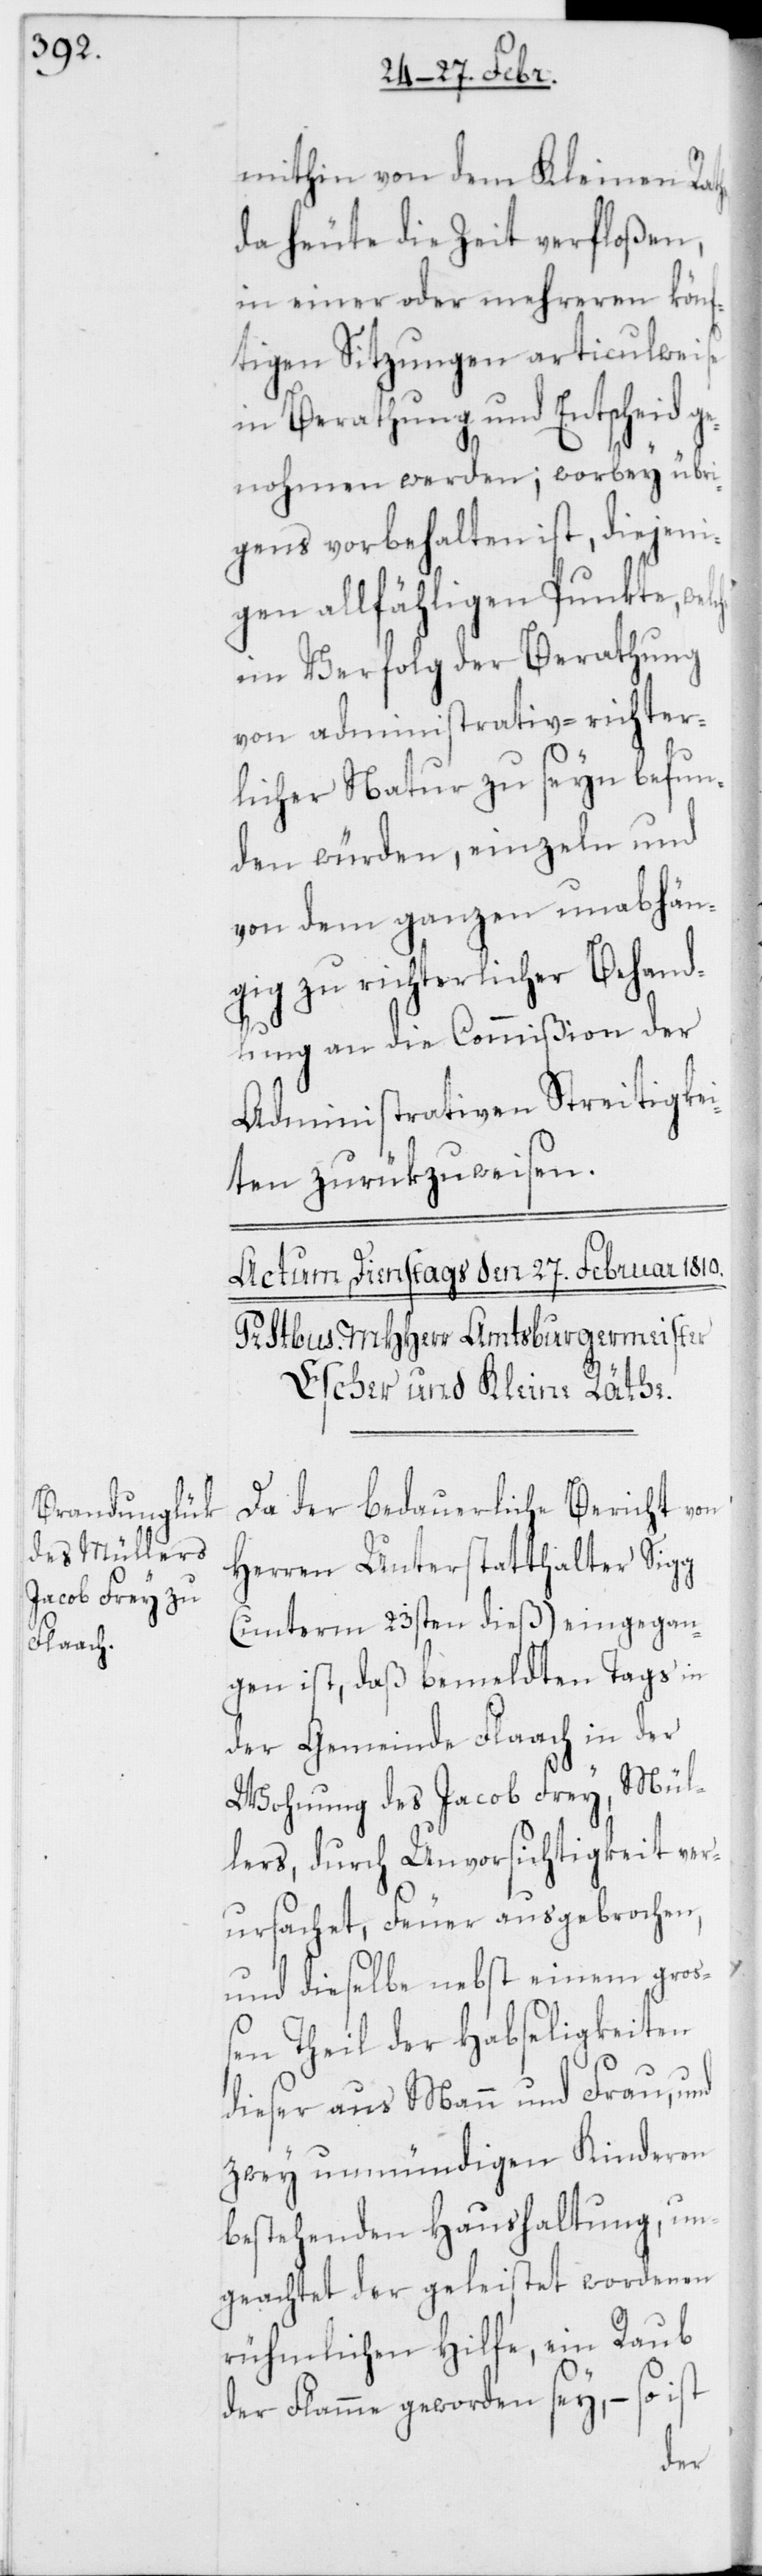
mithin von dem Kleinen Ra¬
da heute die Zeit verfloßen,
in einer oder mehreren könf¬
tigen Sitzungen articulweise
in Berathung und Entscheid ge¬
nohmen werden; worbey übri¬
gens vorbehalten ist, diejeni¬
gen allfähligen Punkte,
im Verfolg der Berathung
von administrativ-richter¬
licher Natur zu seyn befun¬
den würden, einzeln und
von dem ganzen unabhän¬
gig zu richterlicher Behand¬
lung an die Commißion der
Administrativen Streitigkei¬
ten zurükzuweisen.
Da der bedauerliche Bericht von
Herren Unterstatthalter Sigg
(unterm 23sten dieß) eingegan¬
gen ist, daß bemeldten Tags in
der Gemeinde Flaach in der
Wohnung des Jacob Frey, Mül¬
lers, durch Unvorsichtigkeit ver¬
ursachet, Feuer ausgebrochen,
und dieselbe nebst einem groß¬
en Theil der Habseligkeiten
dieser aus Mann und Frau, und
zwey unmündigen Kinderen
bestehenden Haushaltung, un¬
geachtet der geleistet wordenen
rühmlichen Hilfe, ein Raub
der Flamme geworden sey, – so ist
the,